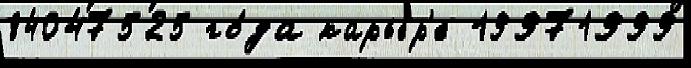
84047525 го́да карье́р'е 19971999